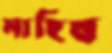
মাহিষ